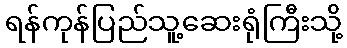
ရန်ကုန်ပြည်သူ့ဆေးရုံကြီးသို့